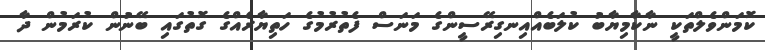
ކޮމަންވެލްތަކީ ނާކާމިޔާބު ކުލަބެއްއިނގިރޭސީންގެ މަނަސް ފެތުރުމުގެ ހަތިޔާރެއްގެ ގޮތުގައި ބޭނުން ކުރަމުން ދާ